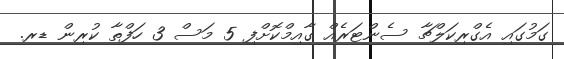
ގަމުގައި އެގްރިކަލްޗާ ސެންޓަރެއް ގާއިމްކޮށްފި 5 މަސް 3 ހަފްތާ ކުރިން ޑރ.